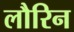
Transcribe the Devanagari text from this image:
लौरिन